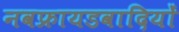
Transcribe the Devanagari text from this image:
नवफ्रायडवादियों